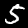
Label: 5